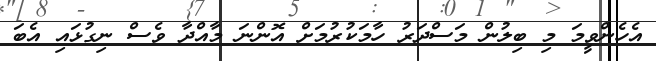
އެހެންވީމަ މި ބިލުން މަސްދަރު ހާމަކުރުމަށް އޮންނަ މާއްދާ ވެސް ނިގުޅައި އެބަ